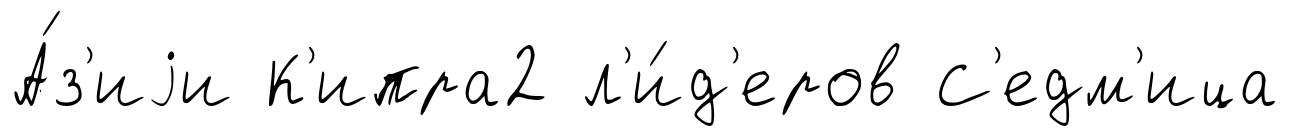
А́з'иjи К'ипра2 л'и́д'еров С'едм'ица